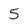
Character: 5